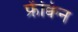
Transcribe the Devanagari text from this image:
फ्रेंक्विन